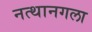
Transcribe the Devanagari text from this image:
नत्थानगला